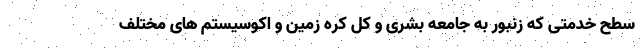
سطح خدمتی که زنبور به جامعه بشری و کل کره زمین و اکوسیستم های مختلف